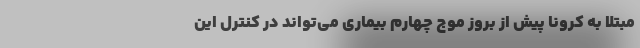
مبتلا به کرونا پیش از بروز موج چهارم بیماری می‌تواند در کنترل این